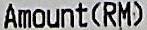
AMOUNT(RM)